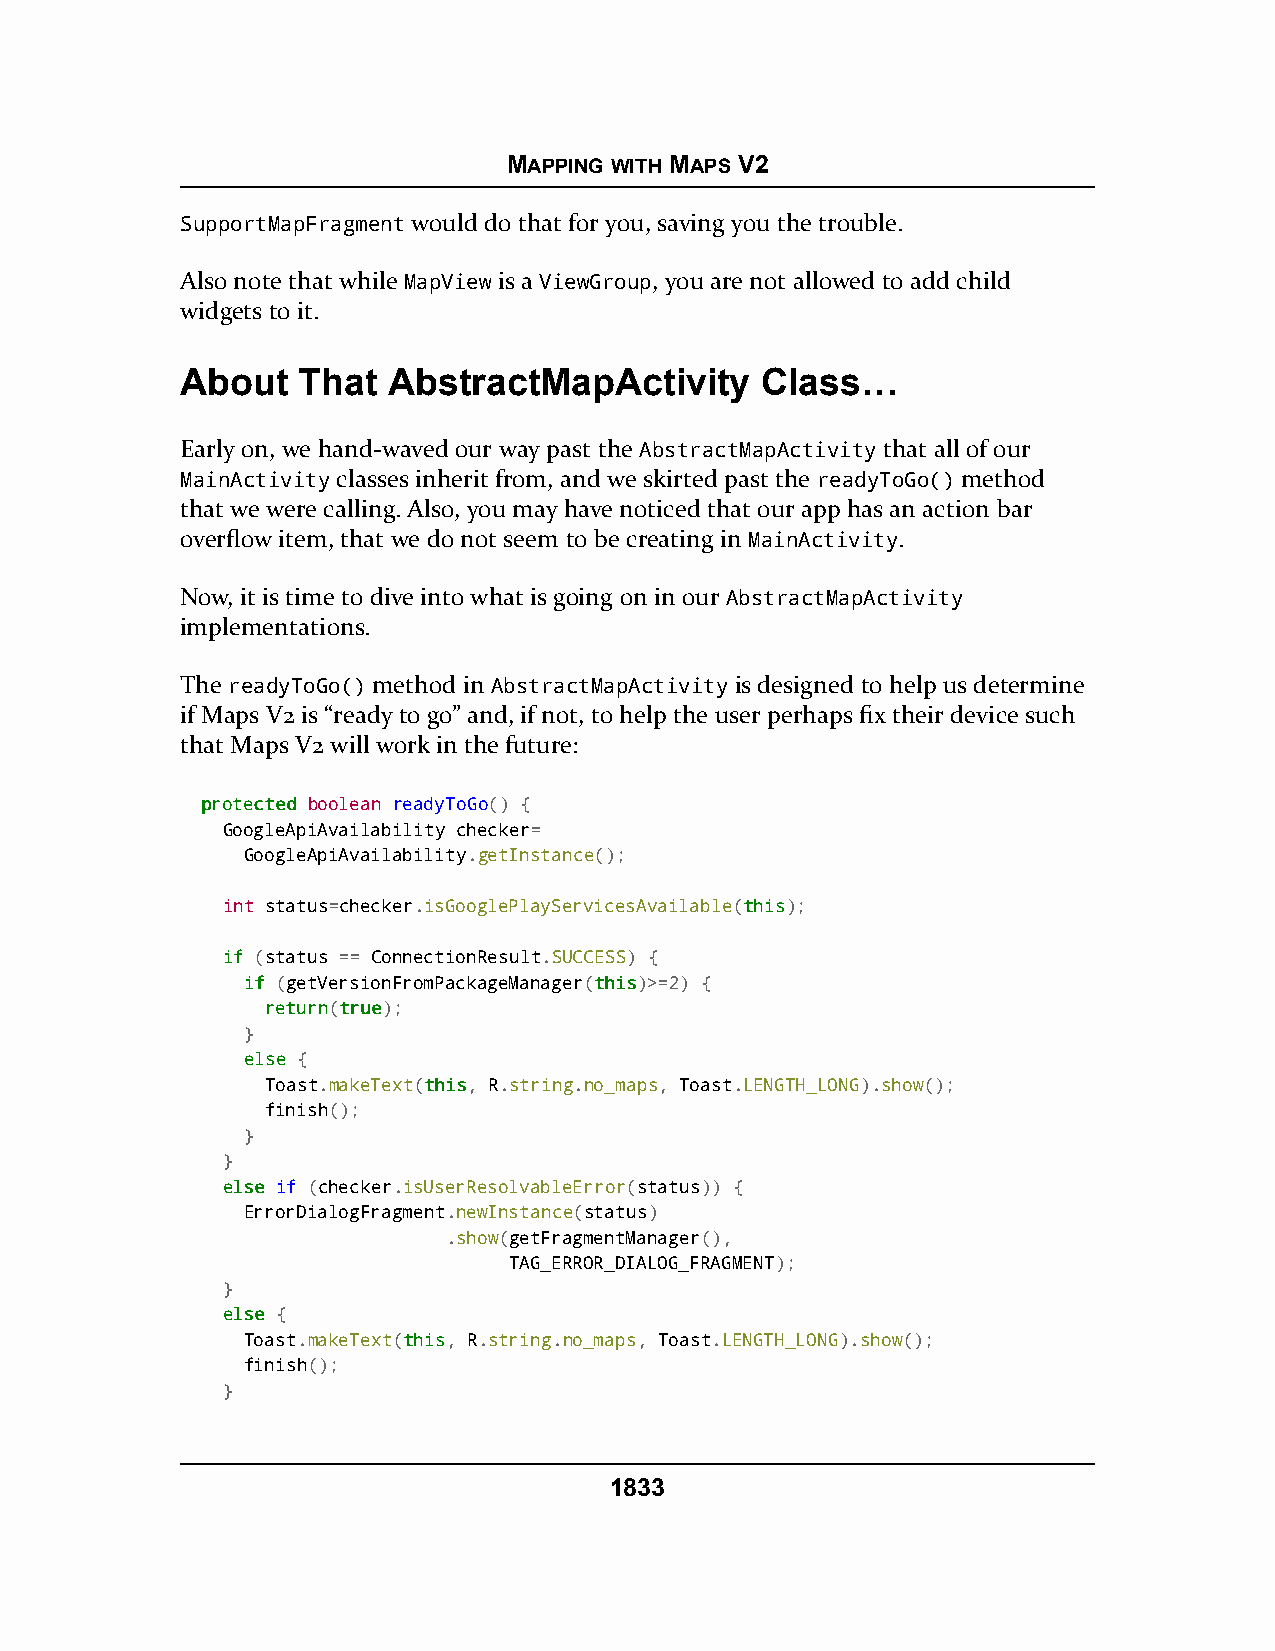
MAPPING WITH MAPS V2
 SupportMapFragment would do that for you, saving you the trouble.
 Also note that while MapView is a ViewGroup, you are not allowed to add child
 widgets to it.
 About   That  AbstractMapActivity     Class…
 Early on, we hand-waved our way past the AbstractMapActivity that all of our
 MainActivity classes inherit from, and we skirted past the readyToGo() method
 that we were calling. Also, you may have noticed that our app has an action bar
 overflow item, that we do not seem to be creating in MainActivity.
 Now, it is time to dive into what is going on in our AbstractMapActivity
 implementations.
 The readyToGo() method in AbstractMapActivity is designed to help us determine
 if Maps V2 is “ready to go” and, if not, to help the user perhaps fix their device such
 that Maps V2 will work in the future:
 pprrootteecctteedd boolean readyToGo() {
 GoogleApiAvailability checker=
 GoogleApiAvailability.getInstance();
 int status=checker.isGooglePlayServicesAvailable(tthhiiss);
 iiff (status == ConnectionResult.SUCCESS) {
 iiff (getVersionFromPackageManager(tthhiiss)>=2) {
 rreettuurrnn(ttrruuee);
 }
 eellssee {
 Toast.makeText(tthhiiss, R.string.no_maps, Toast.LENGTH_LONG).show();
 finish();
 }
 }
 eellssee if (checker.isUserResolvableError(status)) {
 ErrorDialogFragment.newInstance(status)
 .show(getFragmentManager(),
 TAG_ERROR_DIALOG_FRAGMENT);
 }
 eellssee {
 Toast.makeText(tthhiiss, R.string.no_maps, Toast.LENGTH_LONG).show();
 finish();
 }
 1833